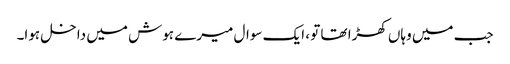
جب میں وہاں کھڑا تھا تو ، ایک سوال میرے ہوش میں داخل ہوا۔